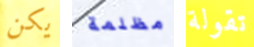
يكن مظلمة تقولة